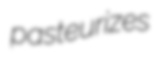
pasteurizes